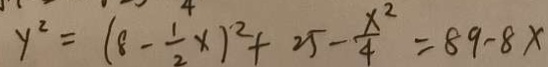
y ^ { 2 } = ( 8 - \frac { 1 } { 2 } x ) ^ { 2 } + 2 5 - \frac { x ^ { 2 } } { 4 } = 8 9 - 8 x